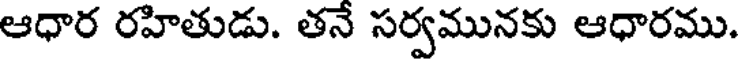
ఆధార రహితుడు. తనే సర్వమునకు ఆధారము.